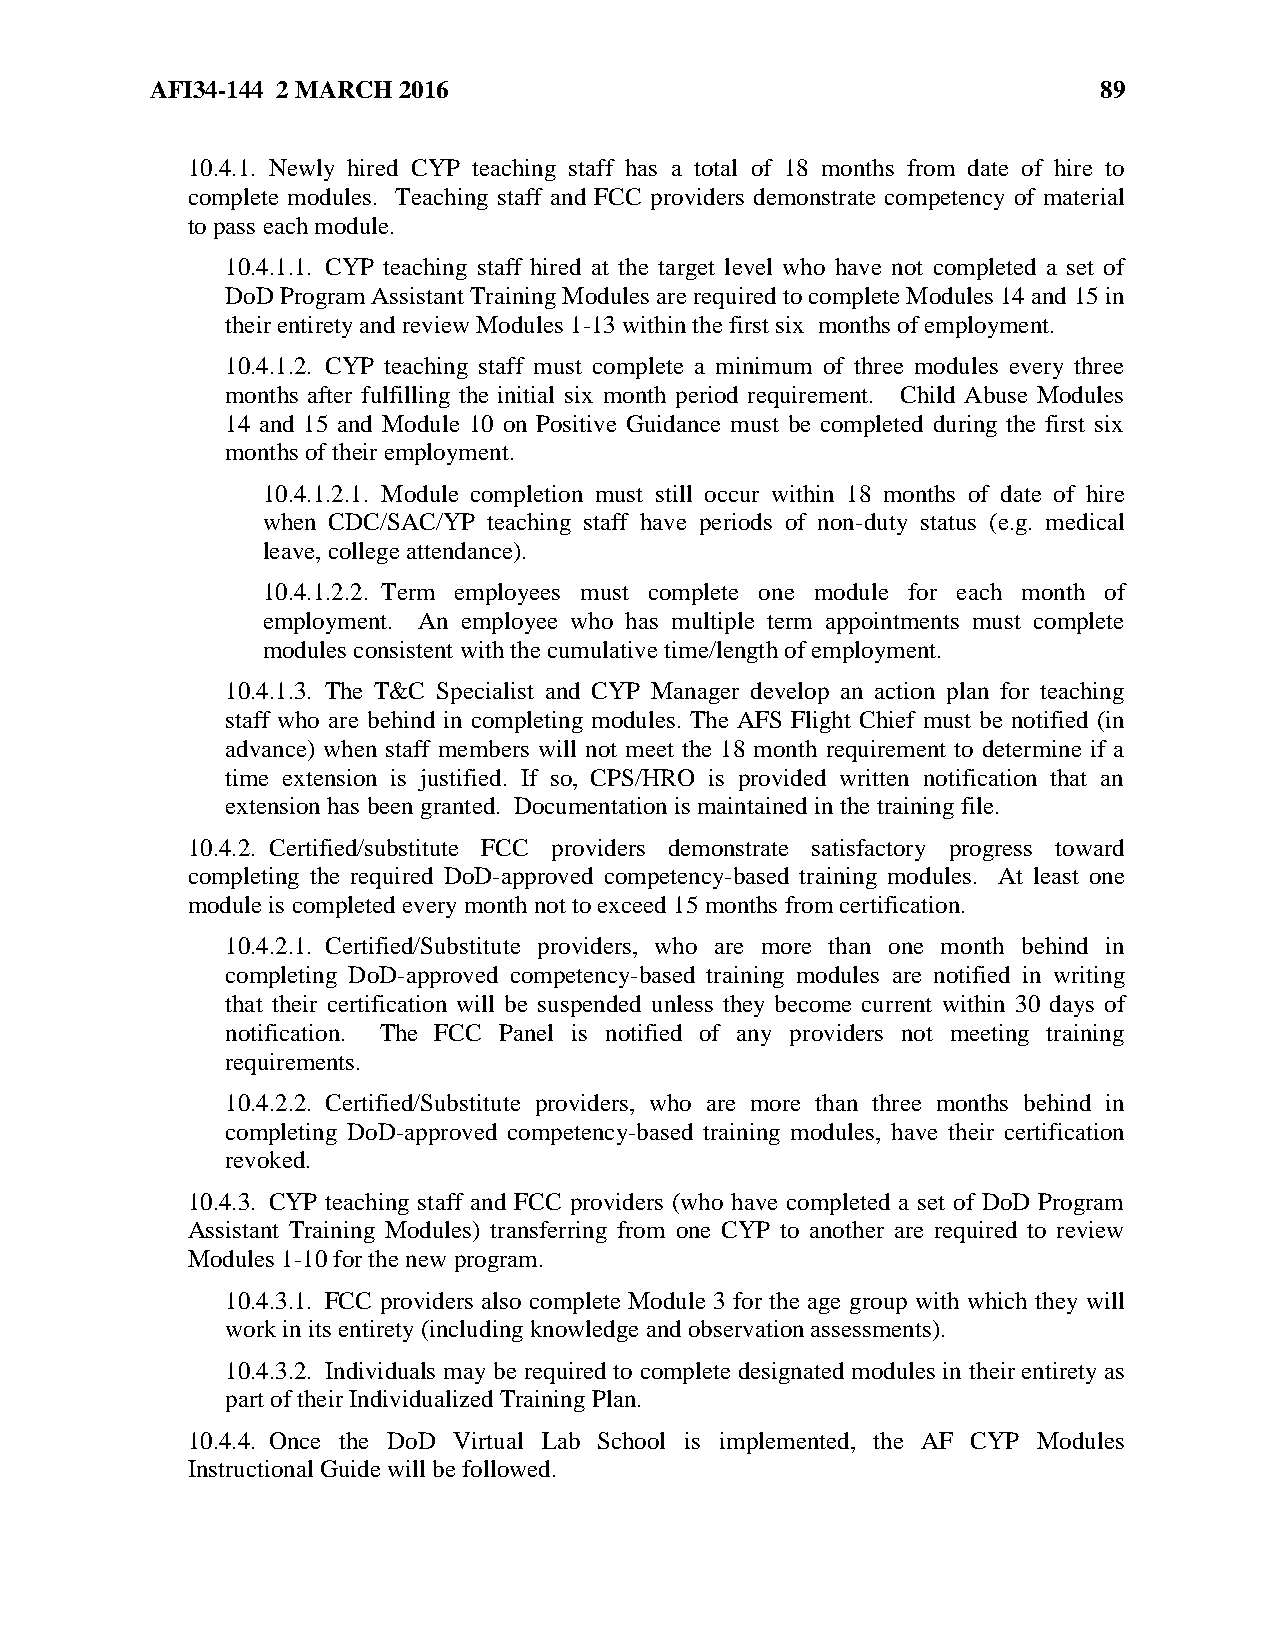
AFI34-144 2 MARCH 2016                                         89
 10.4.1. Newly hired CYP teaching staff has a total of 18 months from date of hire to
 complete modules. Teaching staff and FCC providers demonstrate competency of material
 to pass each module.
 10.4.1.1. CYP teaching staff hired at the target level who have not completed a set of
 DoD Program Assistant Training Modules are required to complete Modules 14 and 15 in
 their entirety and review Modules 1-13 within the first six months of employment.
 10.4.1.2. CYP teaching staff must complete a minimum of three modules every three
 months after fulfilling the initial six month period requirement. Child Abuse Modules
 14 and 15 and Module 10 on Positive Guidance must be completed during the first six
 months of their employment.
 10.4.1.2.1. Module completion must still occur within 18 months of date of hire
 when CDC/SAC/YP teaching staff have periods of non-duty status (e.g. medical
 leave, college attendance).
 10.4.1.2.2. Term employees must complete one module for each month of
 employment. An employee who has multiple term appointments must complete
 modules consistent with the cumulative time/length of employment.
 10.4.1.3. The T&C Specialist and CYP Manager develop an action plan for teaching
 staff who are behind in completing modules. The AFS Flight Chief must be notified (in
 advance) when staff members will not meet the 18 month requirement to determine if a
 time extension is justified. If so, CPS/HRO is provided written notification that an
 extension has been granted. Documentation is maintained in the training file.
 10.4.2. Certified/substitute FCC providers demonstrate satisfactory progress toward
 completing the required DoD-approved competency-based training modules. At least one
 module is completed every month not to exceed 15 months from certification.
 10.4.2.1. Certified/Substitute providers, who are more than one month behind in
 completing DoD-approved competency-based training modules are notified in writing
 that their certification will be suspended unless they become current within 30 days of
 notification. The FCC Panel is notified of any providers not meeting training
 requirements.
 10.4.2.2. Certified/Substitute providers, who are more than three months behind in
 completing DoD-approved competency-based training modules, have their certification
 revoked.
 10.4.3. CYP teaching staff and FCC providers (who have completed a set of DoD Program
 Assistant Training Modules) transferring from one CYP to another are required to review
 Modules 1-10 for the new program.
 10.4.3.1. FCC providers also complete Module 3 for the age group with which they will
 work in its entirety (including knowledge and observation assessments).
 10.4.3.2. Individuals may be required to complete designated modules in their entirety as
 part of their Individualized Training Plan.
 10.4.4. Once the DoD Virtual Lab School is implemented, the AF CYP Modules
 Instructional Guide will be followed.